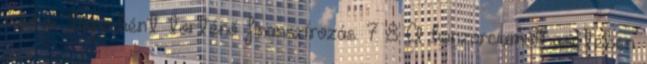
módja: tagonként történő finanszírozás. 7 8 A konzorciumok esetében